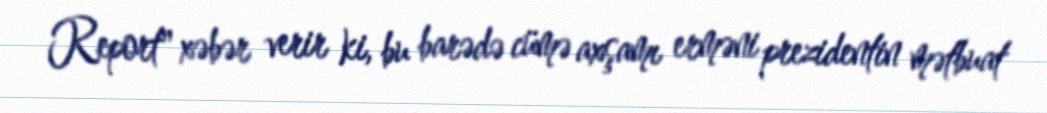
Report" xəbər verir ki, bu barədə cümə axşamı erməni prezidentin mətbuat